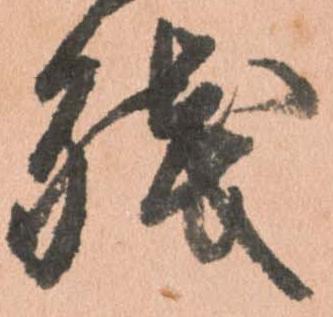
残